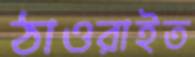
ঠাওরাইত